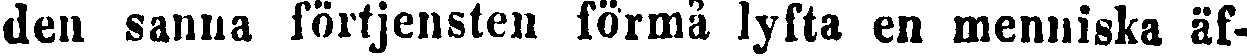
den sanna förtjensten förmå lyfta en menniska äf-